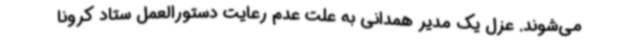
می‌شوند. عزل یک مدیر همدانی به علت عدم رعایت دستورالعمل ستاد کرونا